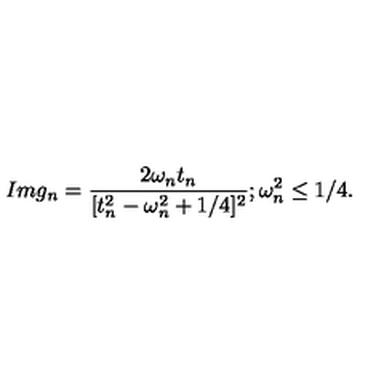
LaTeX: I m g _ { n } = \frac { 2 \omega _ { n } t _ { n } } { [ t _ { n } ^ { 2 } - \omega _ { n } ^ { 2 } + 1 / 4 ] ^ { 2 } } ; \omega _ { n } ^ { 2 } \leq 1 / 4 .